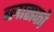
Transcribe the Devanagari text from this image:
ब्लासको